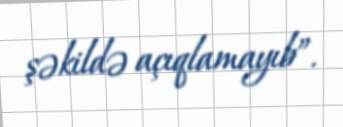
şəkildə açıqlamayıb”.